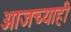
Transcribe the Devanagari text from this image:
आजच्याही